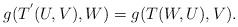
LaTeX: \begin{align*}g(T^{'}(U,V),W)=g(T(W,U),V).\end{align*}